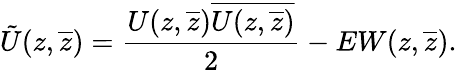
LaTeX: \tilde{U}(z,\overline{{{z}}})=\frac{U(z,\overline{{{z}}})\overline{{{U(z,\overline{{{z}}})}}}}{2}-EW(z,\overline{{{z}}}).